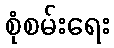
စုံစမ်းရေး